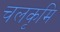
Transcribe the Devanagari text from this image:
चलकृमि